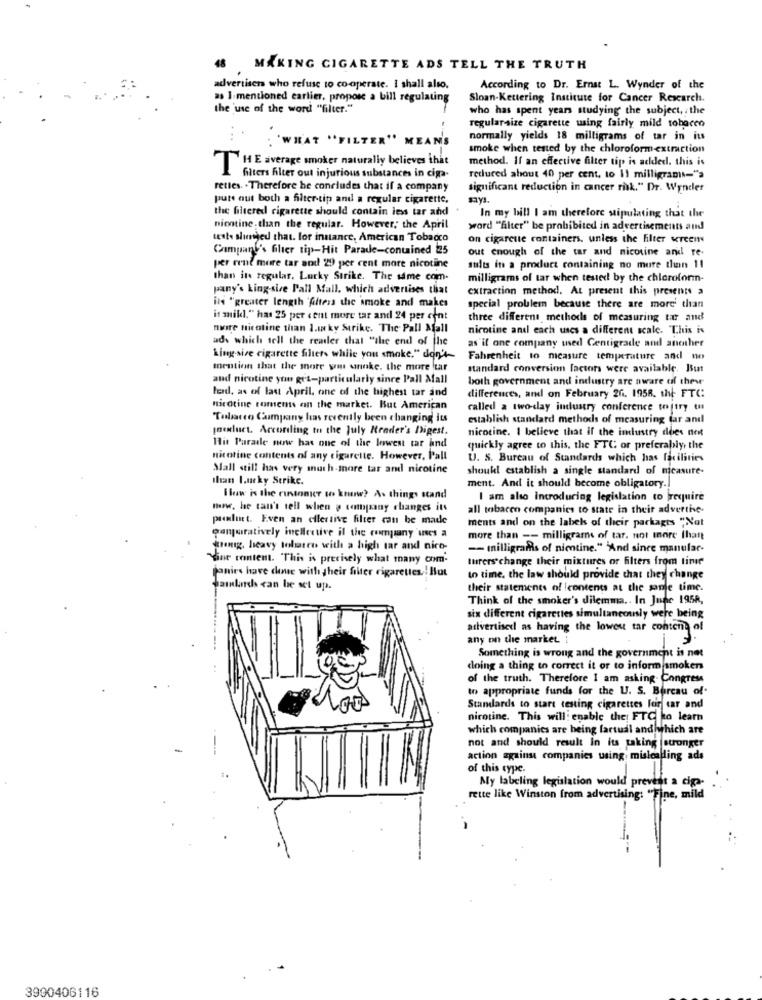
48 MAKING CIGARETTE ADS TELL THE TRUTH
advertiser who refuse to co-operate. I shall also.
According to Dr. Ernst L. Wynder of the
as I mentioned earlier, propose a bill regulating
Sloan-Kettering Institute for Cancer Research.
the use of the word "filter."
who has spent years studying the subject, . the
regularsize cigarette wing fairly mild tobacco
. ..
'WHAT "FILTER" MEAN'S
normally yields 18 milligrams of tar in its
smoke when tested by the chloroformextraction
method. If an effective filter tip is added, this is
THE average smoker naturally believes that
filters filter out injurious substances in ciga-
reduced about 40 per cent, to Il milligrams="">
rettes. . Therefore he concludes that if a company
significant reduction in cancer risk." Dr. Wander
puts out both a filter-tip and a regular cigarette.
myı.
the filtered cigarette should contain less tar and
In my bill I am therefore stipulating that the
nicotine than the regular. However, the April
word "filter" be prohibited in advertisements and
teste slutjed that. for instance, American Tobacco
on cigarette containers. unless the filter wreen
Company's Glier tip-Hit Parade-conuined 25
out enough of the tar and nicotine and re-
per rent more tar and 29 per cent more nicotine
sults in a product containing no more than 11
than its regular. Lucky Strike. The same com-
milligrams of tar when tested by the chloroform-
pany's Ling-sive Pall Mall. which advertises that
extraction method. At present this presents a
ind "greater length 'faitess the smoke and makes
special problem because there are more than
it mikl." has 25 per cent more tar and 24 per cent
three different methods of measuring tar and
nwire nicotine than 1.w ky Strike. The Pall Mall
nicotine and each uses a different scale. This is
ads which tell the reader that "the end of the
as'il one company used Centigrade and another
Ling sive cigarette filters while you smoke." don't-
Fahrenheit to measure temperature and no
mention that the more graus annke, the more tar
standard conversion factors were available. But
and nicotine you get-particularly since Pall Mall
both government and industry are aware of thewe
lord, as of last April, one of the highest tar and
differences, and on February 20. 1958. the- FTC:
nicotine coments on the market. But American
called a two-day industry conference tejtry un
Tobacco Company has recently been changing its
establish standard methods of measuring far and
joeduct. According to the July Reader's Digest.
nicotine. I believe that if the industry does not
Hit Parade now has one of the lowest tar and
quickly agree to this, the FTC or preferably, the
nicotine contents of any cigarette. However, Pall
U. S. Bureau of Standards which has facilities
Mall still has very much-more tar anl nicotine
shoukl establish a single standard of measure-
than lucky Strike.
ment. And it should become obligatory.]
How is the runtonice to know? A. things stand
I am also introducing legislation to require
manwe, he can't tell when a company changes its
all tobacen companies to state in their adverthe-
punlurt. Even an ellertive filter can be made
ments and on the labels of their parkagts "Not
ganperatively inelective il the company uses a
more than -- milligrams of tar. not more thant
wrong, heavy tolaten with a high tar and nico-
- milligrams of nietine." And since manular-
Yine montent. This is precisely what many com-
turers change their mixtures or filters from time
Panies have done with their filter cigarettes ! But
to time, the law should provide that they change
Samlarchs can be set up.
their statements of contents at the same time.
Think of the smoker's dilemma .. In June 1958,
six different cigarettes simultanecanly were being
attvertised as having the lowest tar content of
any on the market i
Something is wrong and the government is not
doing a thing to correct it or to inform smokers
of the truth. Therefore I am asking. Congress
to appropriate funds for the U. S. Bureau of
Standards to start testing cigarettes For car and
nicotine. This will: enable the: FTC to learn
which companies are being fartudl and which are
not and should result in its taking |stronger
action against companies using misleading ads
of this type.
My labeling legislation would prevent a cig-
rette like Winston from advertising: "Fine, mild
3900406116